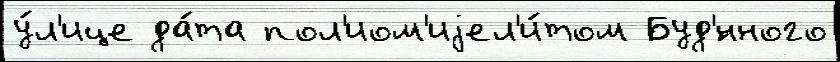
у́л'ице да́та пол'иом'иjел'и́том Буд'́нного